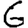
Digit: 6